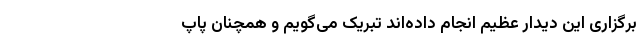
برگزاری این دیدار عظیم انجام داده‌اند تبریک می‌گویم و همچنان پاپ